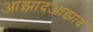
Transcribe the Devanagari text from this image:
आझादआझाद